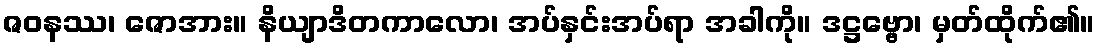
ဇဝနဿ၊ ဇောအား။ နိယျာဒိတကာလော၊ အပ်နှင်းအပ်ရာ အခါကို။ ဒဋ္ဌဗ္ဗော၊ မှတ်ထိုက်၏။